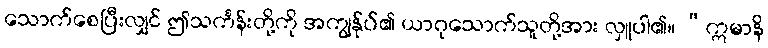
သောက်စေပြီးလျှင် ဤသင်္ကန်းတို့ကို အကျွန်ုပ်၏ ယာဂုသောက်သူတို့အား လှူပါ၏။ “ဣမာနိ